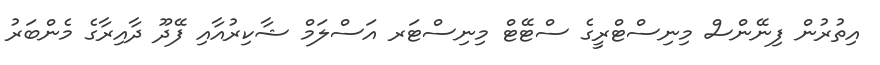
އިތުރުން ފިނޭންސް މިނިސްޓްރީގެ ސްޓޭޓް މިނިސްޓަރ އަސްލަމް ޝާކިރުއާއި ފޭދޫ ދާއިރާގެ މެންބަރު